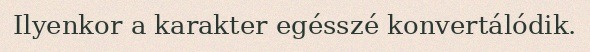
Ilyenkor a karakter egésszé konvertálódik.